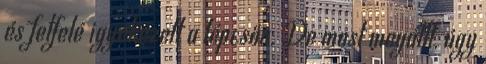
és felfelé igyekezett a lépcsőn. De most megállt, úgy